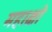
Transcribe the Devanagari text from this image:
महाक्षो